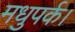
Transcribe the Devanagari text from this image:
मधुपर्क।